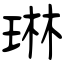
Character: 琳